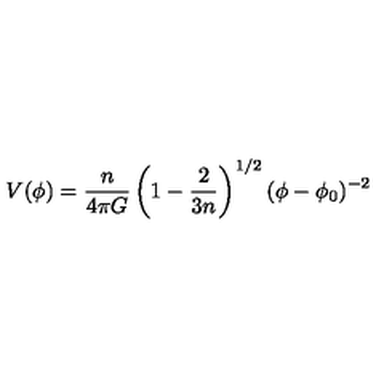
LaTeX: V ( \phi ) = { \frac { n } { 4 \pi G } } \left( 1 - { \frac { 2 } { 3 n } } \right) ^ { 1 / 2 } ( \phi - \phi _ { 0 } ) ^ { - 2 }